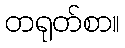
တရုတ်စာ။